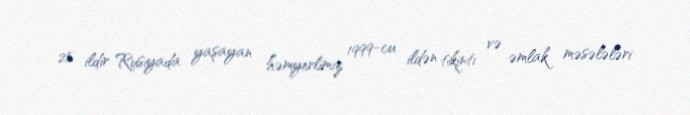
25 ildir Rusiyada yaşayan həmyerlimiz 1999-cu ildən tikinti və əmlak məsələləri